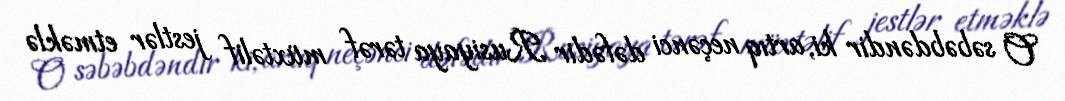
O səbəbdəndir ki, artıq neçənci dəfədir Rusiyaya tərəf müxtəlif jestlər etməklə